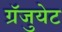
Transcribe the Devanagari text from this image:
ग्रॅजुयेट